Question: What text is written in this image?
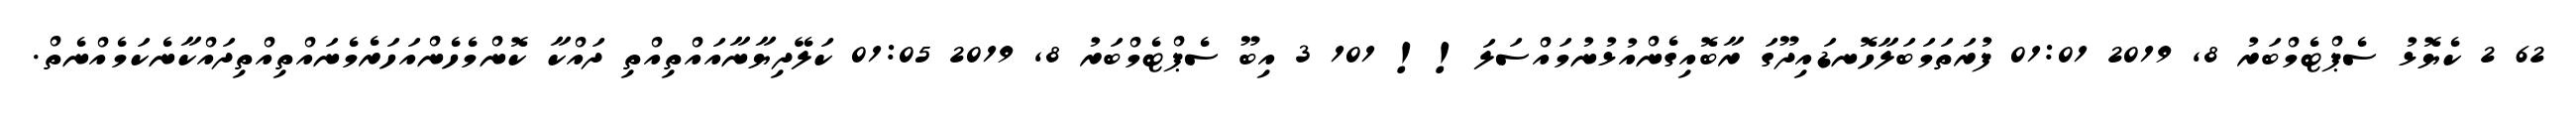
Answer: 62 2 ކެޔޮޅު ސެޕްޓެމްބަރު 8, 2019 01:01 ފުރަތަމަބަލާހޮނޑައިދޫގަ ރާބޮއިގެންއުޅުނުމައްސަލަ!! 101 3 އިބޫ ސެޕްޓެމްބަރު 8, 2019 01:05 ކަލޭދިޔާނާއައްތިއްތި ދައްކާ ކޮންމެހެންއަހަރެމެނައްތިއްތިދައްކާނެކަމެއްނެތް.